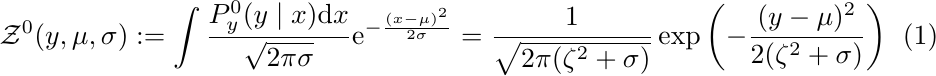
\begin{align}
    \mathcal{Z}^0(y, \mu, \sigma) & :=\int \frac{P_y^0(y \mid x) \mathrm{d} x}{\sqrt{2 \pi \sigma}} \mathrm{e}^{-\frac{(x-\mu)^2}{2 \sigma}} = \frac{1}{\sqrt{2 \pi (\zeta^2 + \sigma)}} \exp \left(-\frac{(y-\mu)^2}{2 (\zeta^2 + \sigma)}\right)
\end{align}